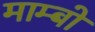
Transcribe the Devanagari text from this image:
माम्बो